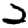
Digit: 2